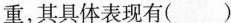
重，其具体表现有（）